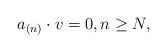
LaTeX: \begin{align*} a_{(n)}\cdot v=0,n\geq N,\end{align*}